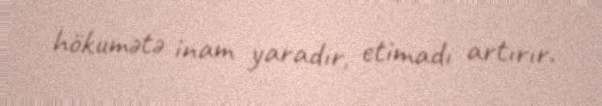
hökumətə inam yaradır, etimadı artırır.